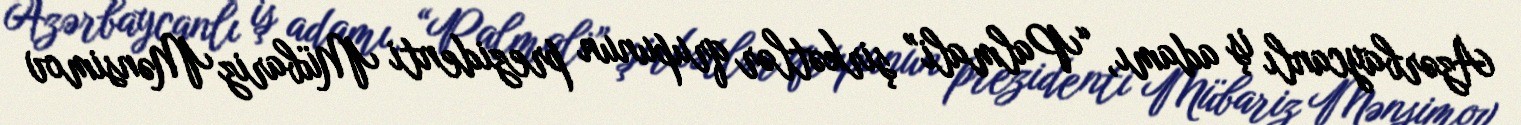
Azərbaycanlı iş adamı, “Palmali” şirkətlər qrupunun prezidenti Mübariz Mənsimov